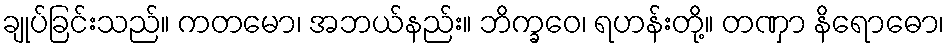
ချုပ်ခြင်းသည်။ ကတမော၊ အဘယ်နည်း။ ဘိက္ခဝေ၊ ရဟန်းတို့။ တဏှာ နိရောဓော၊